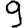
Digit: 9